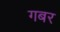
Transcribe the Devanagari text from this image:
गबर